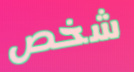
شخص